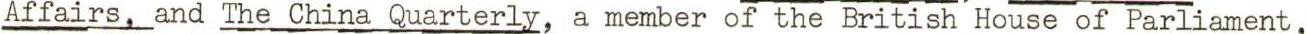
Affairs, and The China Quarterly, a member of the British House of Parliament,